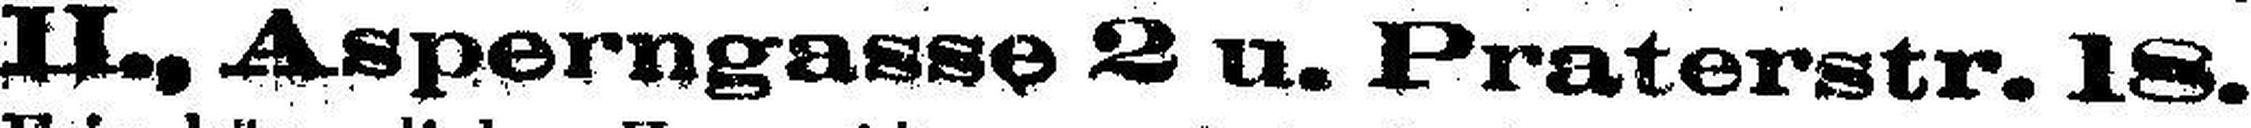
II., Asperngasse 2 u. Praterstr. 18.